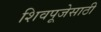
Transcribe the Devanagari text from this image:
शिवपूजेसाठी